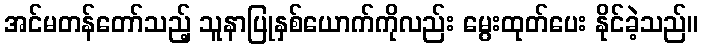
အင်မတန်တော်သည့် သူနာပြုနှစ်ယောက်ကိုလည်း မွေးထုတ်ပေး နိုင်ခဲ့သည်။